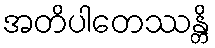
အတိပါတေဿန္တိ